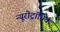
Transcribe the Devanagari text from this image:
न्यूरोट्रॉपिक